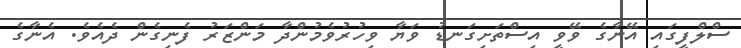
ސްލްފީގައި އޭނާގެ ވޭވީ އިސްތަށިގަނޑު ވަޔާ ވިހުރުވެމުންދާ މަންޒަރު ފެނިގެން ދެއެވެ. އެނާގެ